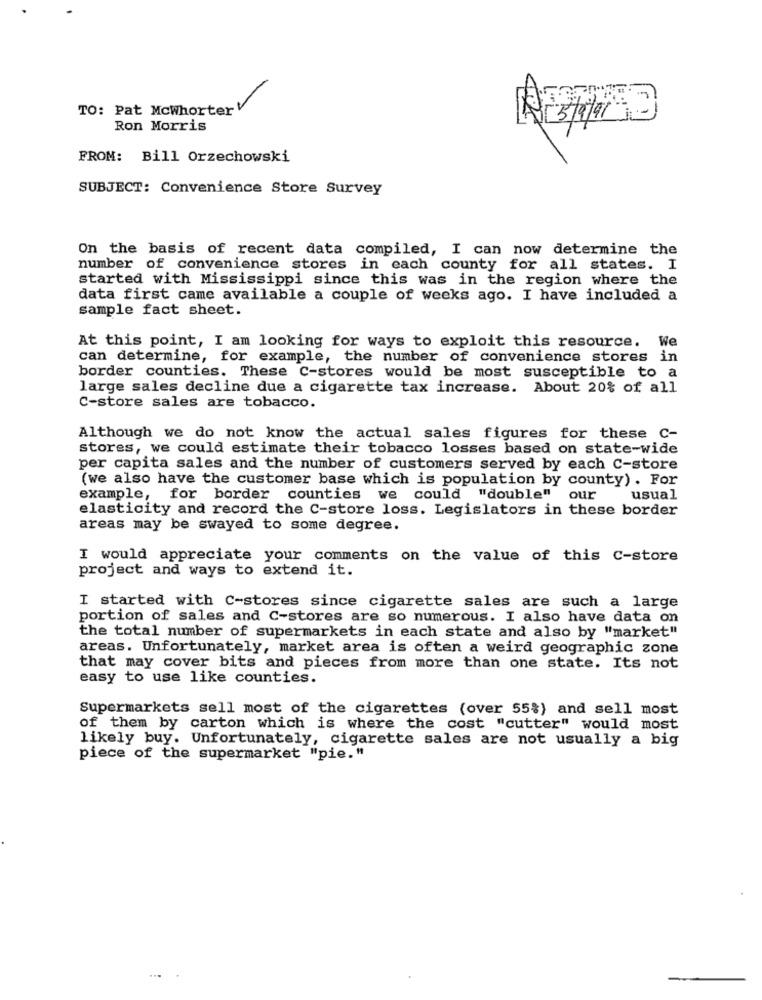
TO: Pat McwhorterV
Ron Morris
FROM: Bill Orzechowski
SUBJECT: Convenience Store Survey
On the basis of recent data compiled, I can now determine the
number of convenience stores in each county for all states. I
started with Mississippi since this was in the region where the
data first came available a couple of weeks ago. I have included a
sample fact sheet.
At this point, I am looking for ways to exploit this resource. We
can determine, for example, the number of convenience stores in
border counties. These C-stores would be most susceptible to a
large sales decline due a cigarette tax increase. About 20% of all
C-store sales are tobacco.
Although we do not know the actual sales figures for these C-
stores, we could estimate their tobacco losses based on state-wide
per capita sales and the number of customers served by each C-store
(we also have the customer base which is population by county) . For
example, for border counties we could "double"
our
usual
elasticity and record the C-store loss. Legislators in these border
areas may be swayed to some degree.
I would appreciate your comments on the value of this C-store
project and ways to extend it.
I started with C-stores since cigarette sales are such a large
portion of sales and C-stores are so numerous. I also have data on
the total number of supermarkets in each state and also by "market"
areas. Unfortunately, market area is often a weird geographic zone
that may cover bits and pieces from more than one state. Its not
easy to use like counties.
Supermarkets sell most of the cigarettes (over 55%) and sell most
of them by carton which is where the cost "cutter" would most
likely buy. Unfortunately, cigarette sales are not usually a big
piece of the supermarket "pie."